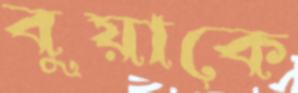
বুয়াকে